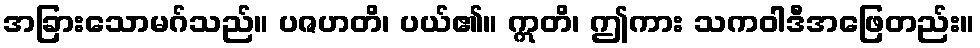
အခြားသောမဂ်သည်။ ပဇဟတိ၊ ပယ်၏။ ဣတိ၊ ဤကား သကဝါဒီအဖြေတည်း။